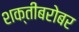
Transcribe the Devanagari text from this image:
शक्तीबरोबर